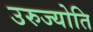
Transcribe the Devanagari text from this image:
उरुज्योति